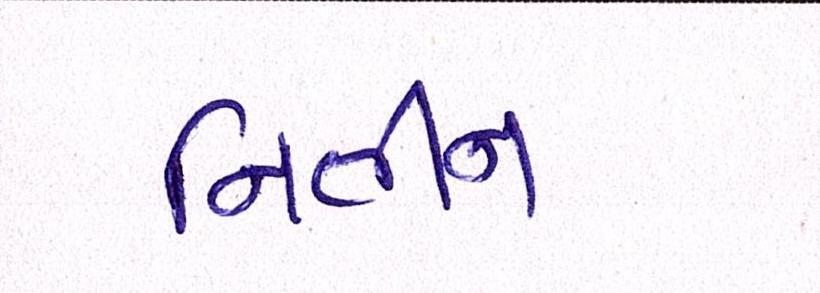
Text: નિતીન